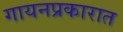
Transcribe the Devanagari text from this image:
गायनप्रकारात